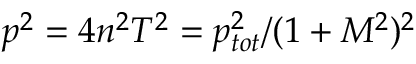
p ^ { 2 } = 4 n ^ { 2 } T ^ { 2 } = p _ { t o t } ^ { 2 } / ( 1 + M ^ { 2 } ) ^ { 2 }